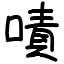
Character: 嘖